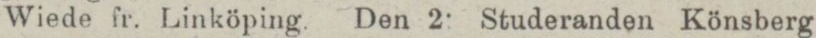
Wiede fr. Linköping. Den 2: Studeranden Könsberg